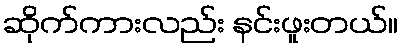
ဆိုက်ကားလည်း နင်းဖူးတယ်။